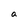
Character: a